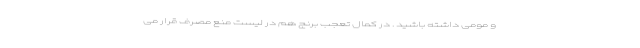
و مومی داشته باشید . در کمال تعجب برنج هم در لیست منع مصرف قرار می